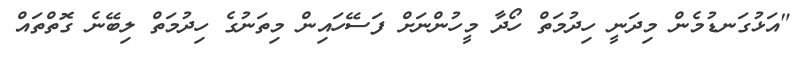
"އަޅުގަނޑުމެން މިދަނީ ހިދުމަތް ހޯދާ މީހުންނަށް ފަސޭހައިން މިތަނުގެ ހިދުމަތް ލިބޭނެ ގޮތްތައް